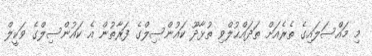
މި މައްސަލައިގެ ތެރެއަށް ތަދައްޙުލްވި ތުޅާދޫ ކައުންސިލްގެ ފަރާތުން އެ ކައުންސިލްގެ ވަކީލް